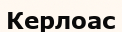
Керлоас